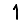
Digit: 1